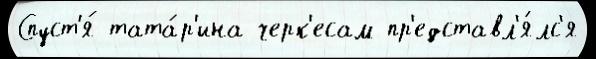
Спуст'я́ тата́р'ина черк'есам пр'едставл'я́лс'я